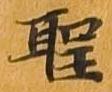
聖